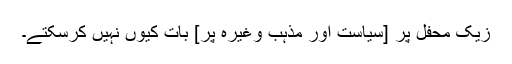
زیک محفل پر [سیاست اور مذہب وغیرہ پر] بات کیوں نہیں کرسکتے۔